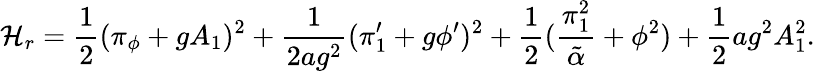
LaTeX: {\cal H}_{r}={\frac{1}{2}}(\pi_{\phi}+gA_{1})^{2}+{\frac{1}{2ag^{2}}}(\pi_{1}^{\prime}+g\phi^{\prime})^{2}+{\frac{1}{2}}({\frac{\pi_{1}^{2}}{\tilde{\alpha}}}+\phi^{2})+{\frac{1}{2}}ag^{2}A_{1}^{2}.